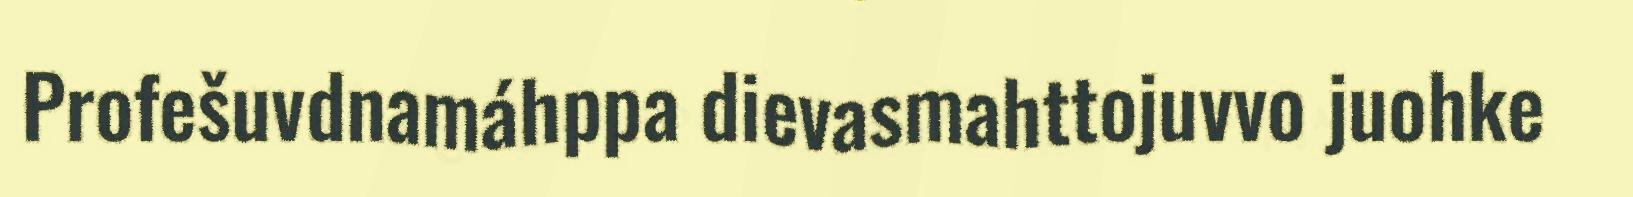
Profešuvdnamáhppa dievasmahttojuvvo juohke